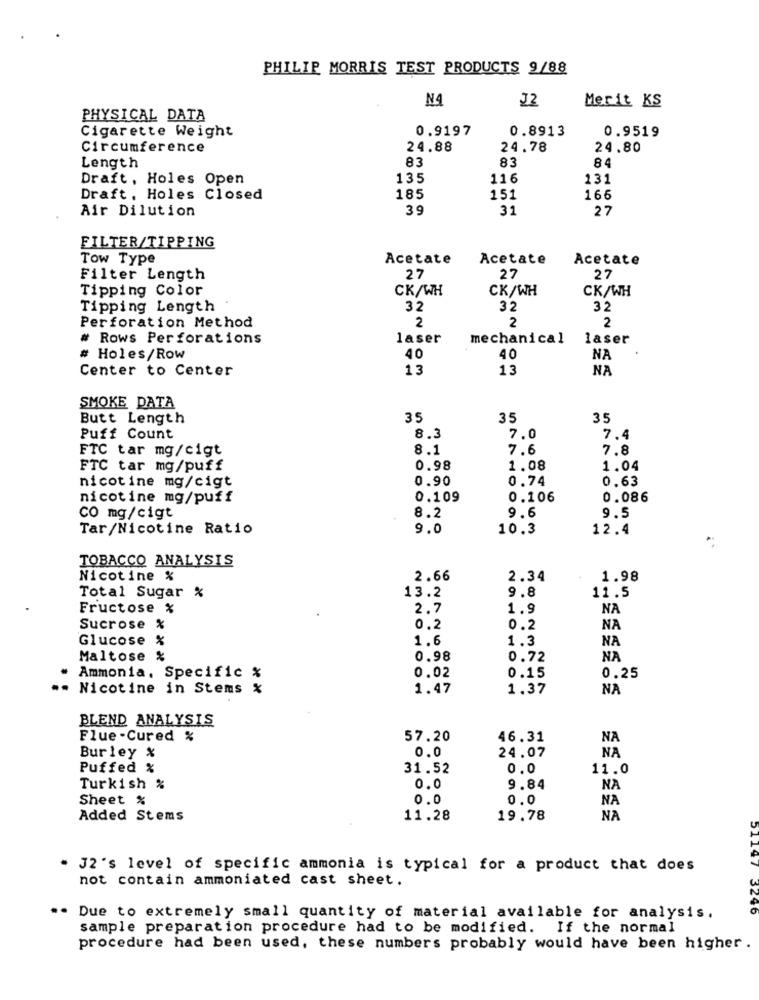
PHILIP MORRIS TEST PRODUCTS 9/88
NA
J2
Merit KS
PHYSICAL DATA
Cigarette Weight
0.9197
0.8913
0.9519
Circumference
24.88
24.78
24.80
83
83
84
Length
Draft. Holes Open
135
116
131
Draft. Holes Closed
185
151
166
Air Dilution
39
31
27
FILTER/TIPPING
Tow Type
Acetate
Acetate
Acetate
Filter Length
27
27
27
Tipping Color
CK/WH
CK/WH
CK/WH
Tipping Length
32
32
32
Perforation Method
2
2
2
# Rows Perforations
laser
mechanical
laser
Holes/Row
40
40
NA
13
13
NA
Center to Center
SMOKE DATA
Butt Length
35
35
35
Puff Count
8.3
7.0
7.4
FTC tar mg/cigt
8.1
7.6
7.8
FTC tar mg/puff
0.98
1.08
1.04
nicotine mg/cigt
0.90
0.74
0.63
nicotine mg/puff
0.109
0.106
0.086
9.6
CO mg/cigt
8.2
9.5
Tar/Nicotine Ratio
9.0
10.3
12.4
TOBACCO ANALYSIS
Nicotine %
2.66
2.34
1.98
13.2
9.8
Total Sugar %
11.5
Fructose %
2.7
1.9
NA
Sucrose %
0.2
0.2
NA
Glucose %
1.6
1.3
NA
Maltose %
0.98
0.72
NA
Ammonia. Specific %
0.02
0.15
0.25
- Nicotine in Stems %
1.47
1.37
NA
BLEND ANALYSIS
Flue -Cured %
57.20
46.31
NA
0.0
24.07
NA
Burley %
Puffed %
31.52
0.0
11.0
Turkish %
0.0
9.84
NA
Sheet %
0.0
0.0
NA
Added Stems
11.28
19.78
NA
JOTTC
J2's level of specific ammonia is typical for a product that does
not contain ammoniated cast sheet.
. Due to extremely small quantity of material available for analysis.
sample preparation procedure had to be modified. If the normal
procedure had been used, these numbers probably would have been higher .